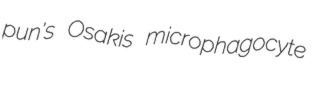
pun's Osakis microphagocyte